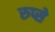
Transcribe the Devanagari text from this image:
रुप्से